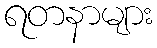
ရတနာများ